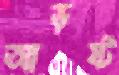
আড়ষ্ট